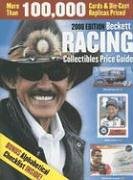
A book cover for Beckett Racing Collectibles Price Guide; James, III Beckett; Crafts, Hobbies & Home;